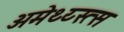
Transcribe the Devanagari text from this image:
अमेथ्य्स्त्स